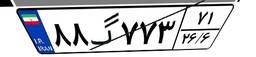
۸۸گ۷۷۳۷۱